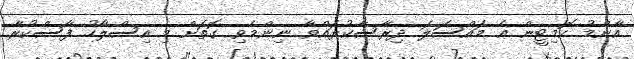
އާންމު ކޮމިޓީން އެ މައްސަލަ ދިރާސާކުރައްވާ ނިންމެވި ގޮތަށް މި އިސްލާހު ފާސްކުރާ